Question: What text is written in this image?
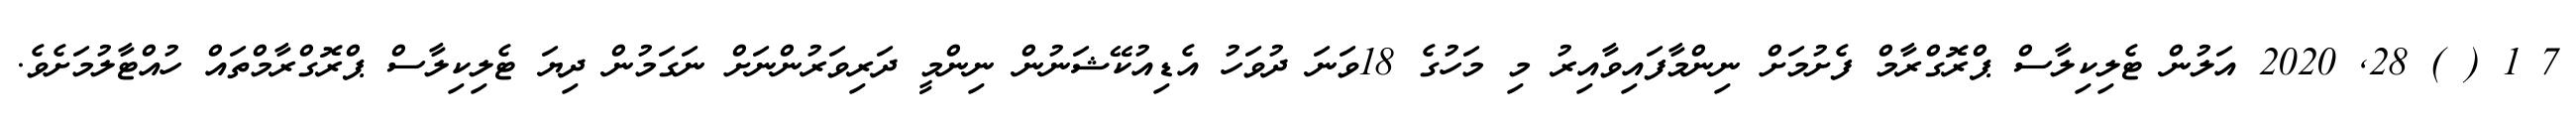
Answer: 7 1 ( ) 28, 2020 އަލުން ޓެލިކިލާސް ޕްރޮގްރާމް ފެށުމަށް ނިންމާފައިވާއިރު މި މަހުގެ 18ވަނަ ދުވަހު އެޑިއުކޭޝަނުން ނިންމީ ދަރިވަރުންނަށް ނަގަމުން ދިޔަ ޓެލިކިލާސް ޕްރޮގްރާމްތައް ހުއްޓާލުމަށެވެ.